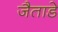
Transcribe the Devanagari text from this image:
जैताडे